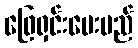
ဖြေရှင်းပေးမည်